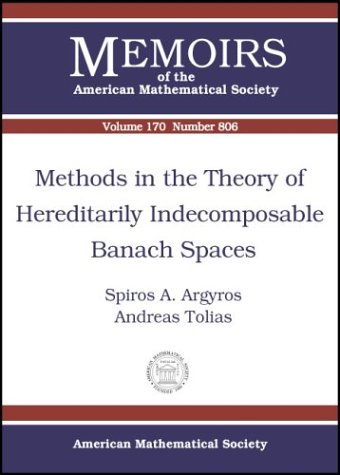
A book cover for Methods in the Theory of Hereditarily Indecomposable Banach Spaces (Memoirs of the American Mathematical Society); S. Argyros; Science & Math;